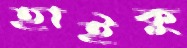
হাইকু